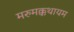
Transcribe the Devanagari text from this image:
मरुमक्कथायम